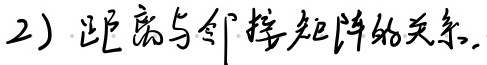
2）距离与邻接矩阵的关系.